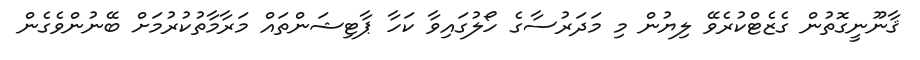
ޤާނޫނީގޮތުން ގެޒެޓްކުރެވޭ ލިޔުން މި މަދަރުސާގެ ހޯލުގައިވާ ކަހާ ޕާޓިޝަންތައް މަރާމާތުކުރުމަށް ބޭނުންވެގެން